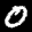
Label: 0